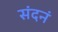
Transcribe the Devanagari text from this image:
संदनं